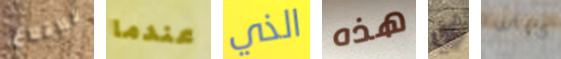
للإقلاع عندما الذي هذه أي كراف